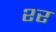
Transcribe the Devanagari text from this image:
श्‍र